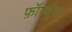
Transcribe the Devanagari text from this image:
फ़ॉर्म्यूला